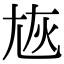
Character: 㞀